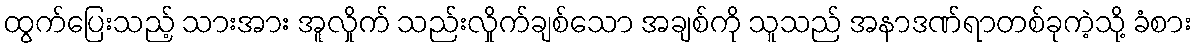
ထွက်ပြေးသည့် သားအား အူလှိုက် သည်းလှိုက်ချစ်သော အချစ်ကို သူသည် အနာဒဏ်ရာတစ်ခုကဲ့သို့ ခံစား